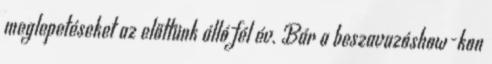
meglepetéseket az előttünk álló fél év. Bár a beszavazóshow-kon